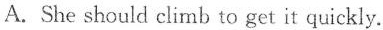
A. She should climb to get it quickly.